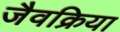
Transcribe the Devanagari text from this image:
जैवक्रिया